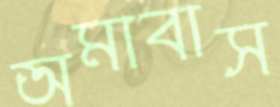
অমাবাস